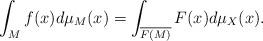
LaTeX: \begin{align*}\int_{M} f(x)d\mu_M(x)=\int_{\overline{F(M)}} F(x)d\mu_X(x).\end{align*}